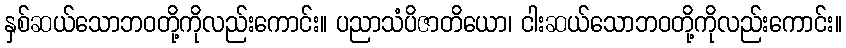
နှစ်ဆယ်သောဘဝတို့ကိုလည်းကောင်း။ ပညာသံပိဇာတိယော၊ ငါးဆယ်သောဘဝတို့ကိုလည်းကောင်း။